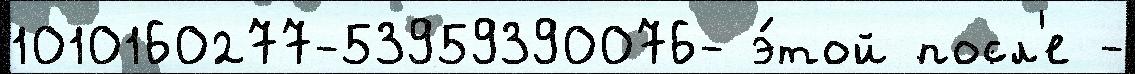
1010160277-53959390076- э́той посл'е -